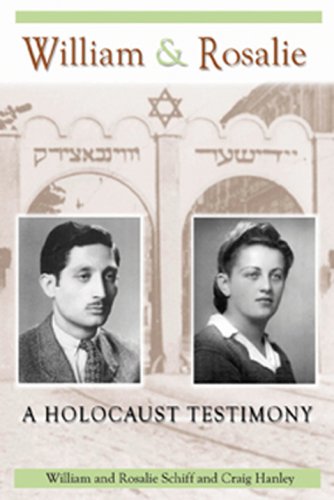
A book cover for William & Rosalie (Mayborn Literary Nonfiction Series); William Schiff; Biographies & Memoirs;